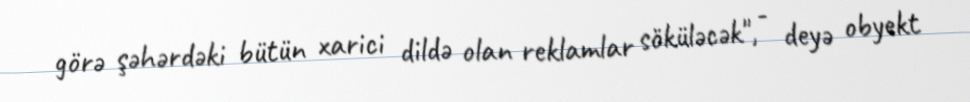
görə şəhərdəki bütün xarici dildə olan reklamlar söküləcək", - deyə obyekt